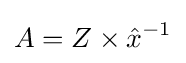
A=Z\times {\hat {x}}^{-1}